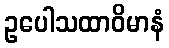
ဥပေါသထာဝိမာနံ